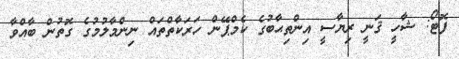
ފޮޓޯ: ޝާހީ ޤަނީ ރިޔާސީ އިންތިޙާބުގެ ކެމްޕޭން ހަރަކާތްތައް ނިންމާލުމުގެ ގޮތުން ބާއްވާ